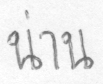
น่าน